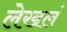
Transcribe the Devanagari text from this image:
लेखलं